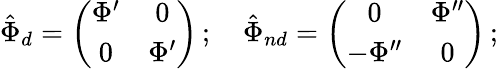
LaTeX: \hat{\Phi}_{d}=\left(\begin{array}{ccc}{{\Phi^{\prime}}}&{{0}}\\ {{0}}&{{\Phi^{\prime}}}\end{array}\right)\, ;\, \, \, \, \, \, \hat{\Phi}_{nd}=\left(\begin{array}{ccc}{{0}}&{{\Phi^{\prime\prime}}}\\ {{-\Phi^{\prime\prime}}}&{{0}}\end{array}\right)\, ;